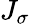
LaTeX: J_{\sigma}